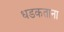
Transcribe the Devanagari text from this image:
धडकताना